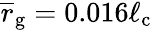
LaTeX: \overline{r}_{\mathrm{g}}=0.016\ell_{\mathrm{c}}